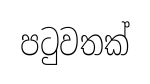
පටුවතක්